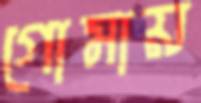
গোমায়